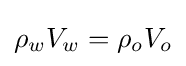
{\rho _{w}V_{w}}={\rho _{o}V_{o}}